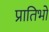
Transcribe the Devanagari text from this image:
प्रातिभो